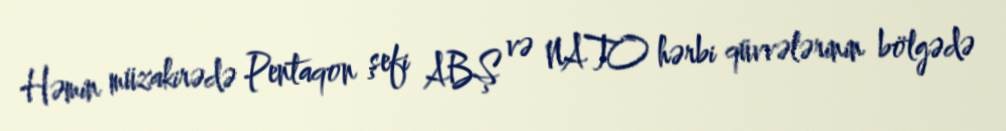
Həmin müzakirədə Pentaqon şefi ABŞ və NATO hərbi qüvvələrinin bölgədə